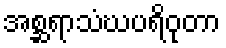
အစ္ဆရာသံဃပရိဝုတာ